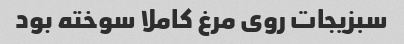
سبزیجات روی مرغ کاملا سوخته بود